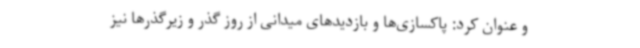
و عنوان کرد: پاکسازی‌ها و بازدیدهای میدانی از روز گذر و زیرگذرها نیز